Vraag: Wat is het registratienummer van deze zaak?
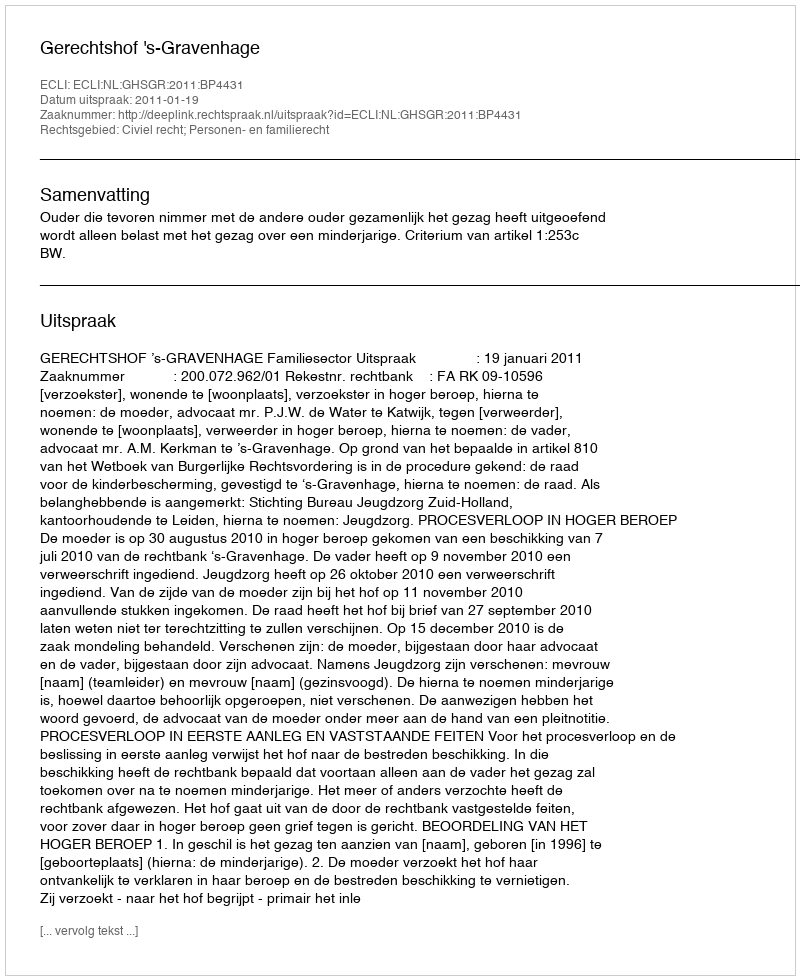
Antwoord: http://deeplink.rechtspraak.nl/uitspraak?id=ECLI:NL:GHSGR:2011:BP4431